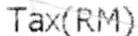
TAX(RM)